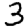
Digit: 3